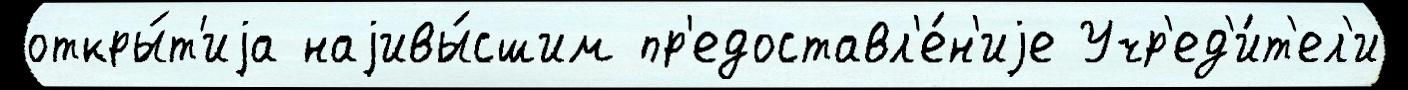
откры́т'иjа наjивы́сшим пр'едоставл'е́н'иjе Учр'ед'и́т'ел'и